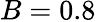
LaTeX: B=0.8